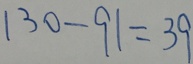
1 3 0 - 9 1 = 3 9